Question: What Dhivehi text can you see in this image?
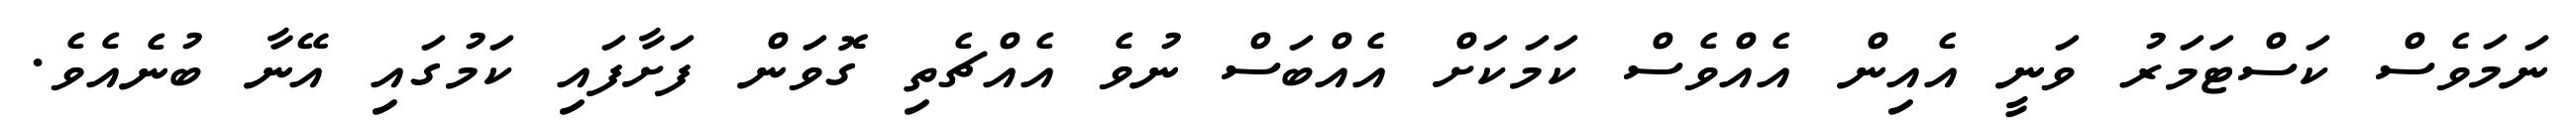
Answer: ނަމަވެސް ކަސްޓަމަރު ވަނީ އެއިން އެއްވެސް ކަމަކަށް އެއްބަސް ނުވެ އެއްޗެތި ގޮވަން ފަށާފައި ކަމުގައި އޭނާ ބުނެއެވެ.